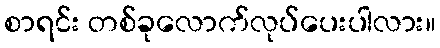
စာရင်း တစ်ခုလောက်လုပ်ပေးပါလား။